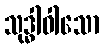
သုဒ္ဓါဝါသော